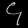
Digit: ၄